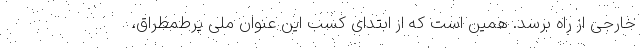
خارجی از راه برسد. همین است که از ابتدای کسب این عنوان ملی پرطمطراق،